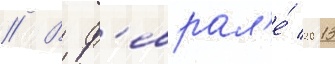
// В ф'еврал'е́ 2013